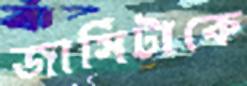
জার্সিটাকে